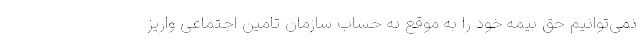
نمی‌توانیم حق بیمه خود را به موقع به حساب سازمان تامین اجتماعی واریز